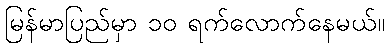
မြန်မာပြည်မှာ ၁၀ ရက်လောက်နေမယ်။